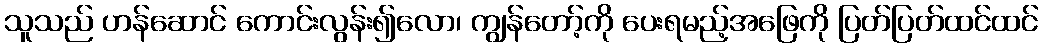
သူသည် ဟန်ဆောင် ကောင်းလွန်း၍လော၊ ကျွန်တော့်ကို ပေးရမည့်အဖြေကို ပြတ်ပြတ်ထင်ထင်